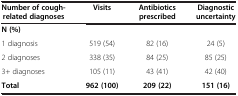
<table><thead><tr><td><b>Number of cough-related diagnoses</b></td><td><b>Visits</b></td><td><b>Antibiotics prescribed</b></td><td><b>Diagnostic uncertainty</b></td></tr></thead><tbody><tr><td colspan="4"><b>N (%)</b></td></tr><tr><td>1 diagnosis</td><td>519 (54)</td><td>82 (16)</td><td>24 (5)</td></tr><tr><td>2 diagnoses</td><td>338 (35)</td><td>84 (25)</td><td>85 (25)</td></tr><tr><td>3+ diagnoses</td><td>105 (11)</td><td>43 (41)</td><td>42 (40)</td></tr><tr><td><b>Total</b></td><td><b>962 (100)</b></td><td><b>209 (22)</b></td><td><b>151 (16)</b></td></tr></tbody></table>